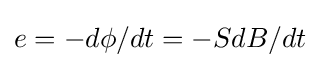
e=-d\phi /dt=-SdB/dt